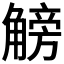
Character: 𧤞